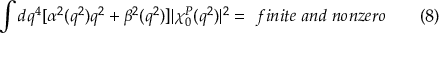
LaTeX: \int d q ^ { 4 } [ \alpha ^ { 2 } ( q ^ { 2 } ) q ^ { 2 } + \beta ^ { 2 } ( q ^ { 2 } ) ] | \chi _ { 0 } ^ { P } ( q ^ { 2 } ) | ^ { 2 } = ~ f i n i t e \; a n d \; n o n z e r o \qquad ( 8 )